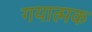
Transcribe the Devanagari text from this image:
गयात्मक